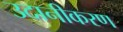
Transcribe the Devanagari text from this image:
उदानीकरण